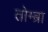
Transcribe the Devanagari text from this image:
तोम्ब्रा